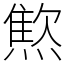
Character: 燞